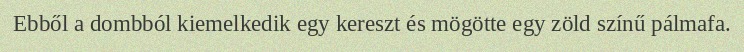
Ebből a dombból kiemelkedik egy kereszt és mögötte egy zöld színű pálmafa.